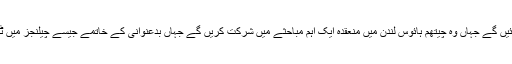
اگلے روز ڈاکٹر عمر سیف برطانیہ چلے جائیں گے جہاں وہ چیتھم ہائوس لندن میں منعقدہ ایک اہم مباحثے میں شرکت کریں گے جہاں بدعنوانی کے خاتمے جیسے چیلنجز میں ٹیکنالوجی کے کردار پر بحث کی جائے گی۔